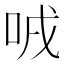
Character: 㖅